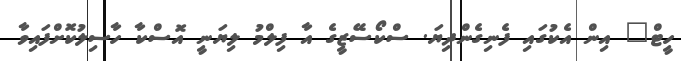
ހީޓް" އިން އެކުގައި ފެނިގެންދިޔަ. ސްކޯސޭޒީގެ އާ ފިލްމު ލިޔަނީ އޮސްކާ ހާސިލުކޮށްފައިވާ